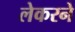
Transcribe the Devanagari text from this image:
लेकरने